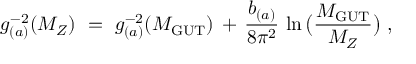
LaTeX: g _ { ( a ) } ^ { - 2 } ( M _ { Z } ) \ = \ g _ { ( a ) } ^ { - 2 } ( M _ { \mathrm { G U T } } ) \, + \, \frac { b _ { ( a ) } } { 8 \pi ^ { 2 } } \, \ln \big ( \frac { M _ { \mathrm { G U T } } } { M _ { Z } } \big ) \ ,